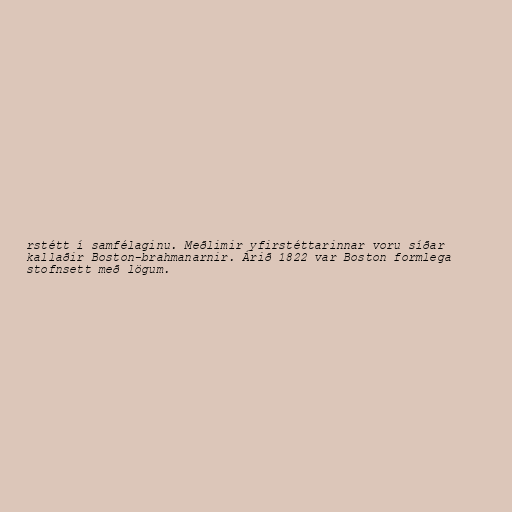
rstétt í samfélaginu. Meðlimir yfirstéttarinnar voru síðar
kallaðir Boston-brahmanarnir. Árið 1822 var Boston formlega
stofnsett með lögum.